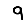
Digit: 9